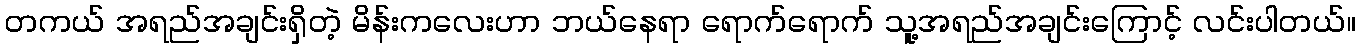
တကယ် အရည်အချင်းရှိတဲ့ မိန်းကလေးဟာ ဘယ်နေရာ ရောက်ရောက် သူ့အရည်အချင်းကြောင့် လင်းပါတယ်။